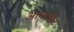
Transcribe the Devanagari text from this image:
आयामीट